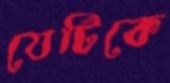
যেটিকে